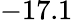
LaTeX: -17.1